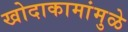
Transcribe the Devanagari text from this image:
खोदाकामांमुळे